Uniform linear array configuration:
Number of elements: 4
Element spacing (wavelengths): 0.5
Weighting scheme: exponential
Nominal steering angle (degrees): -60
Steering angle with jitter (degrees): -61.038
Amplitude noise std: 0.05
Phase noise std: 0.05

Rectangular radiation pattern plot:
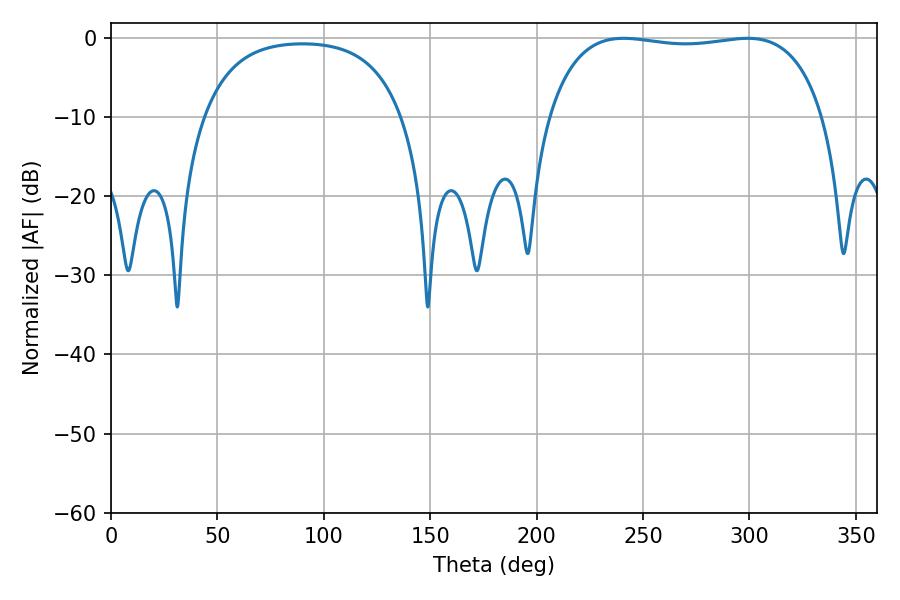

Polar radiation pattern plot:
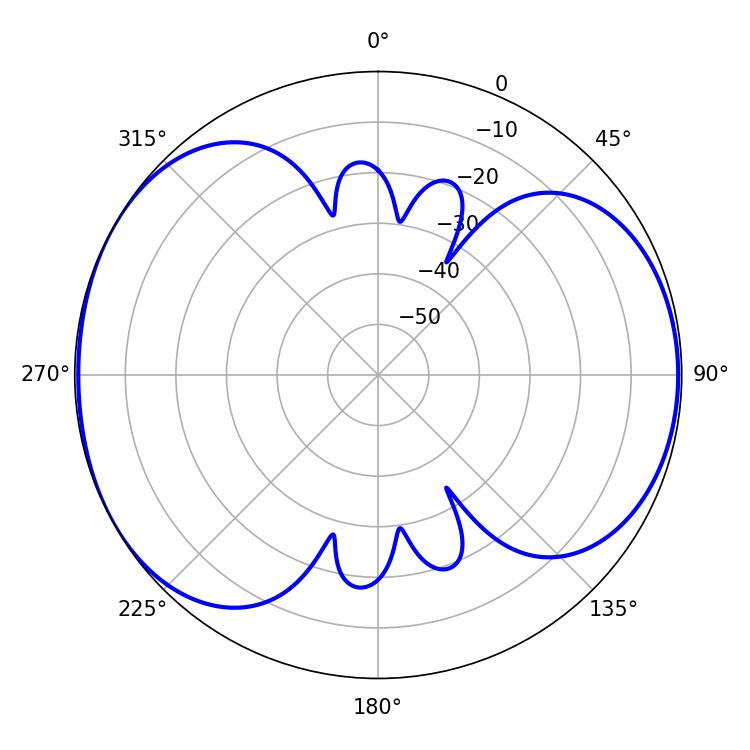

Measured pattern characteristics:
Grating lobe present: FALSE
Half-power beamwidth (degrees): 103.68
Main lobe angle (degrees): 240.84